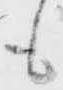
も